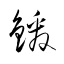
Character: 鍰